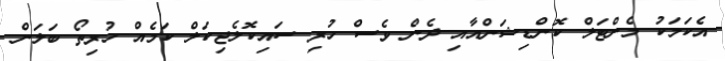
އެކަމަކު މެންޓަލް ކޮންޑިޝަންއާއި ދެން ވެސް ހުރި ސައިކޮލެޖިކަލް ކަމެއް ހުރިތޯ ބަލަން